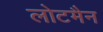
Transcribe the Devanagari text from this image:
लोटमैन